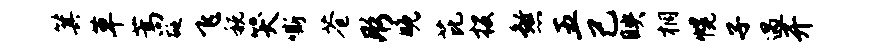
箕草蒿砭飞税哭嘶苍彤晚芘投煞五己映桐幌子遇开